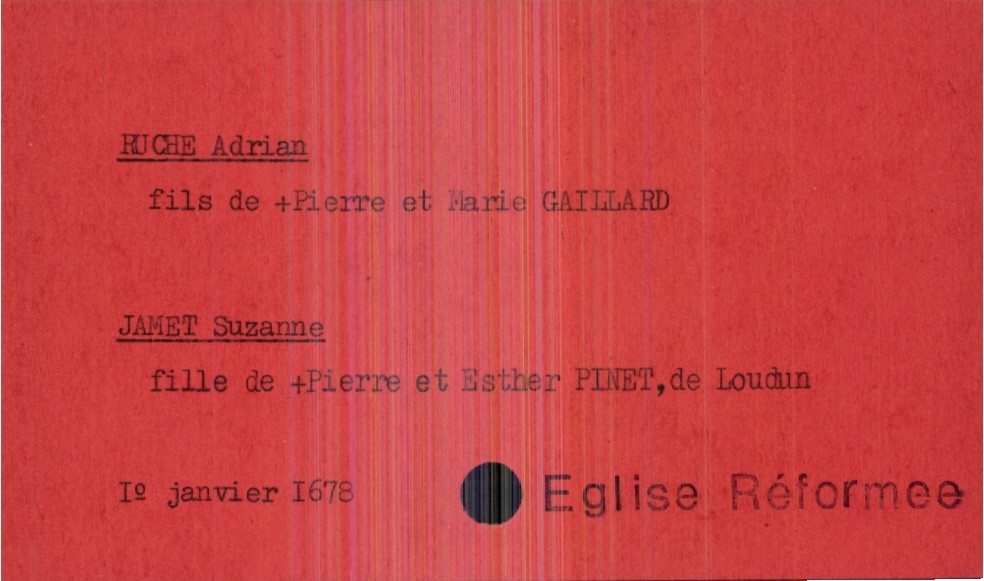
type_acte: Mariage
année: 1678
mois: janvier
jour: 1°
observations: Eglise Réformee
marié_nom: Ruche
marié_prénom: Adrian
père_marié_nom: Ruche
père_marié_prénom: Pierre
père_marié_statut: décédé
mère_marié_nom: Gaillard
mère_marié_prénom: Marie
mariée_nom: Jamet
mariée_prénom: Suzanne
mariée_lieu_de_vie: Loudun
père_mariée_nom: Jamet
père_mariée_prénom: Pierre
père_mariée_statut: décédé
mère_mariée_nom: Pinet
mère_mariée_prénom: Esther